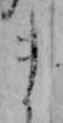
ま